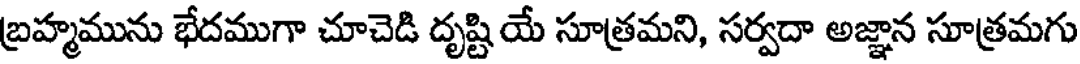
బ్రహ్మమును భేదముగా చూచెడి దృష్టి యే సూత్రమని, సర్వదా అజ్ఞాన సూత్రమగు